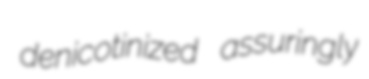
denicotinized assuringly